Indian journal of veterinary science and animal husbandry - Volume 6,
Year: 1936
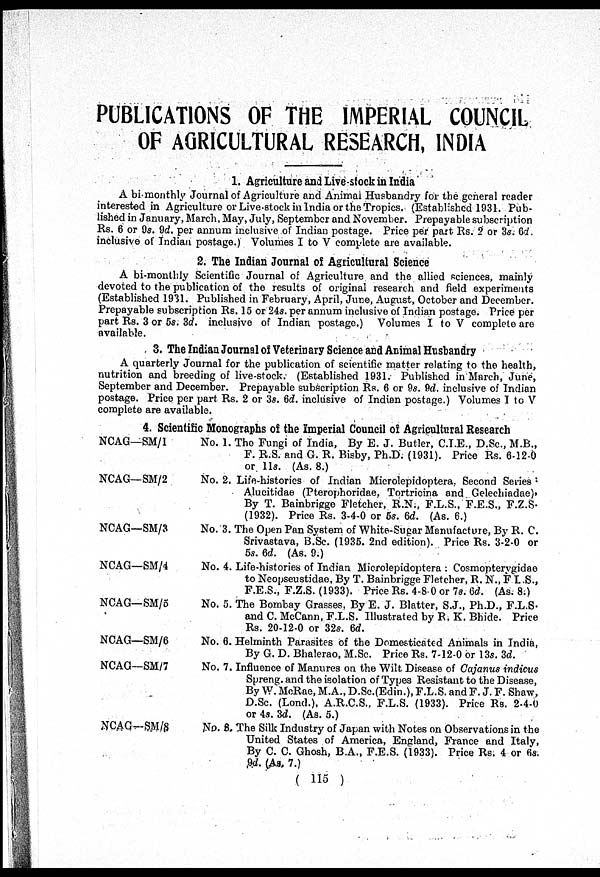
PUBLICATIONS OF THE IMPERIAL COUNCIL
OF AGRICULTURAL RESEARCH, INDIA
1. Agriculture and Live-stock in India
A bi-monthly Journal of Agriculture and Animal Husbandry for the general reader
interested in Agriculture or Live-stock in India or the Tropics. (Established 1931. Pub-
lished in January, March, May, July, September and November. Prepayable subscription
Rs. 6 or 9s. 9d. per annum inclusive of Indian postage. Price per part Rs. 2 or 3s. 6d.
inclusive of Indian postage.) Volumes I to V complete are available.
2. The Indian Journal of Agricultural Science
A bi-monthly Scientific Journal of Agriculture and the allied sciences, mainly
devoted to the publication of the results of original research and field experiments
(Established 1931. Published in February, April, June, August, October and December.
Prepayable subscription Rs. 15 or 24s. per annum inclusive of Indian postage. Price per
part Rs. 3 or 5s. 3d. inclusive of Indian postage.) Volumes I to V complete are
available.
3. The Indian Journal of Veterinary Science and Animal Husbandry
A quarterly Journal for the publication of scientific matter relating to the health,
nutrition and breeding of live-stock. (Established 1931. Published in March, June,
September and December. Prepayable subscription Rs. 6 or 9s. 9d. inclusive of Indian
postage. Price per part Rs. 2 or 3s. 6d. inclusive of Indian postage.) Volumes I to V
complete are available.
4. Scientific Monographs of the Imperial Council of Agricultural Research
NCAG—SM/1
NCAG—SM/2
NCAG—SM/3
NCAG—SM/4
NCAG—SM/5
NCAG—SM/6
NCAG—SM/7
NCAG—SM/8
No. 1. The Fungi of India, By E. J. Butler, C.I.E., D.Sc., M.B.,
F. R.S. and G. R. Bisby, Ph.D. (1931). Price Rs. 6-12-0
or 11s. (As. 8.)
No. 2. Life-histories of Indian Microlepidoptera. Second Series
Alucitidae (Pterophoridae, Tortricina and Gelechiadae).
By T. Bainbrigge Fletcher, R.N., F.L.S., F.E.S., F.Z.S.
(1932). Price Rs. 3-4-0 or 6s. 6d. (As. 6.)
No. 3. The Open Pan System of White-Sugar Manufacture, By R. C.
Srivastava, B.Sc. (1935. 2nd edition). Price Rs. 3-2-0 or
5s. 6d. (As. 9.)
No. 4. Life-histories of Indian Microlepidoptera : Cosmopterygidae
to Neopseustidae, By T. Bainbrigge Fletcher, R. N., F. L.S.,
F.E.S., F.Z.S. (1933). Price Rs. 4-8-0 or 7s. 6d. (As. 8.)
No. 5. The Bombay Grasses, By E. J. Blatter, S.J., Ph.D., F.L.S.
and C. McCann, F.L.S. Illustrated by R. K. Bhide. Price
Rs. 20-12-0 or 32s. 6d.
No. 6. Helminth Parasites of the Domesticated Animals in India,
By G. D. Bhalerao, M.Sc. Price Rs. 7-12-0 or 13s. 3d.
No. 7. Influence of Manures on the Wilt Disease of Cajanus indicus
Spreng and the isolation of Types Resistant to the Disease,
By W.McRae,M.A.,D.Sc.(Edin.), F.L.S. and F. J. F. Shaw,
D.Sc. (Lond.), A.R.C.S.. F.L.S. (1933). Price Rs. 2-4-0
or 4s. 3d. (As. 5.)
No. 8, The Silk Industry of Japan with Notes on Observations in the
United States of America, England, France and Italy,
By C. C. Ghosh, B.A., F.E.S. (1933). Price Rs. 4 or 6s.
9d. (As, 7.)
( 115 )